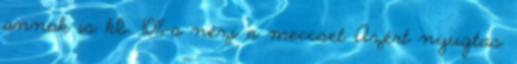
annak is kb. 10%-a nézi a meccset Azért nyugtas